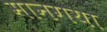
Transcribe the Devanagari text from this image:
मानगया